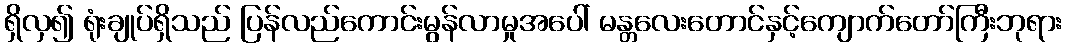
ရှိလှ၍ ရုံးချုပ်ရှိသည် ပြန်လည်ကောင်းမွန်လာမှုအပေါ် မန္တလေးတောင်နှင့်ကျောက်တော်ကြီးဘုရား